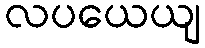
လပယေယျ